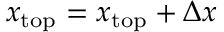
x _ { \mathrm { { t o p } } } = x _ { \mathrm { { t o p } } } + \Delta x